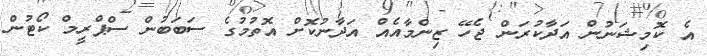
އެ ކޮމިޝަނުން އަދާކުރަން ޖެހޭ ޒިންމާއެއް އަދާނުކޮށް އޮތުމުގެ ސަބަބުން ސްޕްރީމް ކޯޓުން